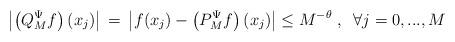
LaTeX: \begin{align*}\left|\left(Q_M^{\Psi}f\right)(x_j)\right| \, = \, \left|f(x_j) - \left(P_M^{\Psi}f\right)(x_j)\right| \le M^{-\theta}\; , \;\; \forall j=0,...,M\end{align*}